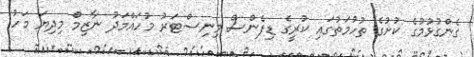
ގެންގުޅުމުގެ ކުށުގެ ތުހުމަތުގައި ކުރީގެ ޑިފެންސް މިނިސްޓަރު މުހައްމަދު ނާޒިމް މިދިޔަ މަހު